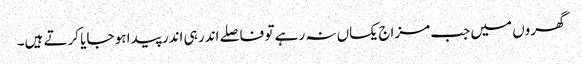
گھروں میں جب مزاج یکساں نہ رہے تو فاصلے اندر ہی اندر پیدا ہو جایا کرتے ہیں۔